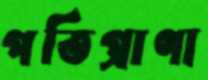
পতিপ্রাণা